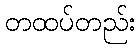
တထပ်တည်း